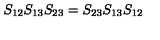
S _ { 1 2 } S _ { 1 3 } S _ { 2 3 } = S _ { 2 3 } S _ { 1 3 } S _ { 1 2 }